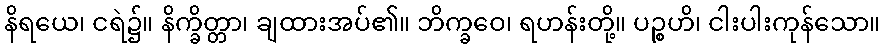
နိရယေ၊ ငရဲ၌။ နိက္ခိတ္တာ၊ ချထားအပ်၏။ ဘိက္ခဝေ၊ ရဟန်းတို့။ ပဉ္စဟိ၊ ငါးပါးကုန်သော။